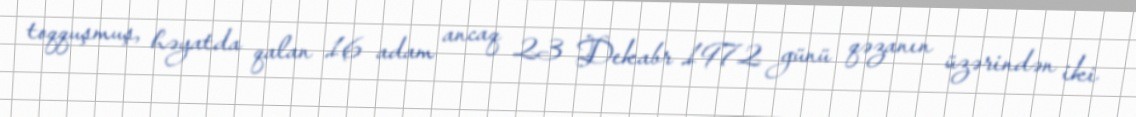
toqquşmuş, həyatda qalan 16 adam ancaq 23 Dekabr 1972 günü qəzanın üzərindən iki